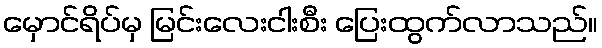
မှောင်ရိပ်မှ မြင်းလေးငါးစီး ပြေးထွက်လာသည်။